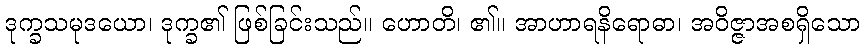
ဒုက္ခသမုဒယော၊ ဒုက္ခ၏ ဖြစ်ခြင်းသည်။ ဟောတိ၊ ၏။ အာဟာရနိရောဓာ၊ အဝိဇ္ဇာအစရှိသော